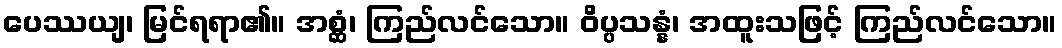
ပေဿယျ၊ မြင်ရရာ၏။ အစ္ဆံ၊ ကြည်လင်သော။ ဝိပ္ပသန္နံ၊ အထူးသဖြင့် ကြည်လင်သော။